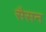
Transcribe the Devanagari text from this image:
सैसन